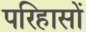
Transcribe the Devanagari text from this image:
परिहासों